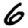
Digit: 6